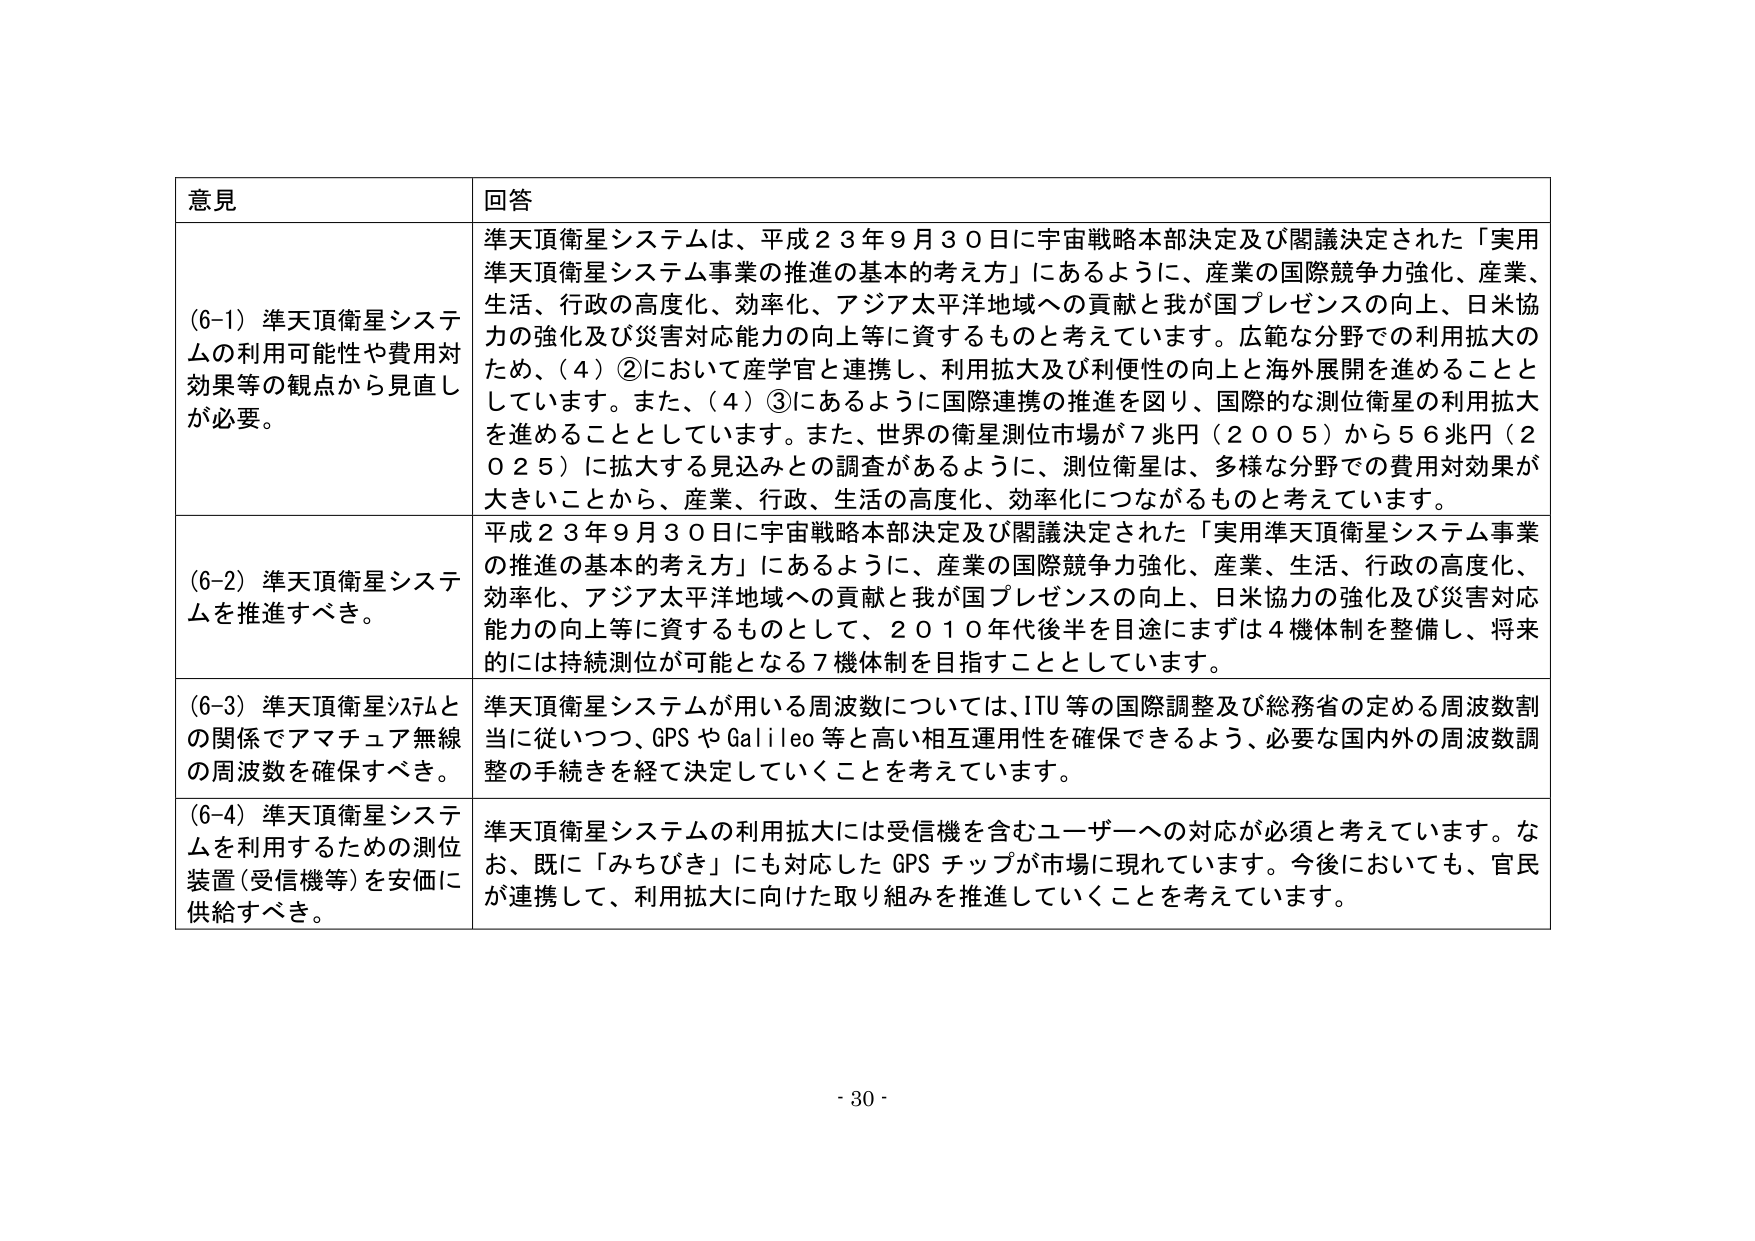
意見 回答
(6-1) 準天頂衛星システムの利用可能性や費用対効果等の観点から見直しが必要。
準天頂衛星システムは、平成２３年９月３０日に宇宙戦略本部決定及び閣議決定された「実用準天頂衛星システム事業の推進の基本的考え方」にあるように、産業の国際競争力強化、産業、生活、行政の高度化、効率化、アジア太平洋地域への貢献と我が国プレゼンスの向上、日米協力の強化及び災害対応能力の向上等に資するものと考えています。広範な分野での利用拡大のため、（４）②において産学官と連携し、利用拡大及び利便性の向上と海外展開を進めることとしています。また、（４）③にあるように国際連携の推進を図り、国際的な測位衛星の利用拡大を進めることとしています。また、世界の衛星測位市場が７兆円（２００５）から５６兆円（２０２５）に拡大する見込みとの調査があるように、測位衛星は、多様な分野での費用対効果が大きいことから、産業、行政、生活の高度化、効率化につながるものと考えています。
(6-2) 準天頂衛星システムを推進すべき。
平成２３年９月３０日に宇宙戦略本部決定及び閣議決定された「実用準天頂衛星システム事業の推進の基本的考え方」にあるように、産業の国際競争力強化、産業、生活、行政の高度化、効率化、アジア太平洋地域への貢献と我が国プレゼンスの向上、日米協力の強化及び災害対応能力の向上等に資するものとして、２０１０年代後半を目途にまずは４機体制を整備し、将来的には持続測位が可能となる７機体制を目指すこととしています。
(6-3) 準天頂衛星システムとの関係でアマチュア無線の周波数を確保すべき。
準天頂衛星システムが用いる周波数については、ITU等の国際調整及び総務省の定める周波数割当に従いつつ、GPSやGalileo等と高い相互運用性を確保できるよう、必要な国内外の周波数調整の手続きを経て決定していくことを考えています。
(6-4) 準天頂衛星システムを利用するための測位装置（受信機等）を安価に供給すべき。
準天頂衛星システムの利用拡大には受信機を含むユーザーへの対応が必須と考えています。なお、既に「みちびき」に対応したGPSチップが市場に現れています。今後においても、官民が連携して、利用拡大に向けた取り組みを推進していくことを考えています。
- 30 -